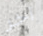
آخر